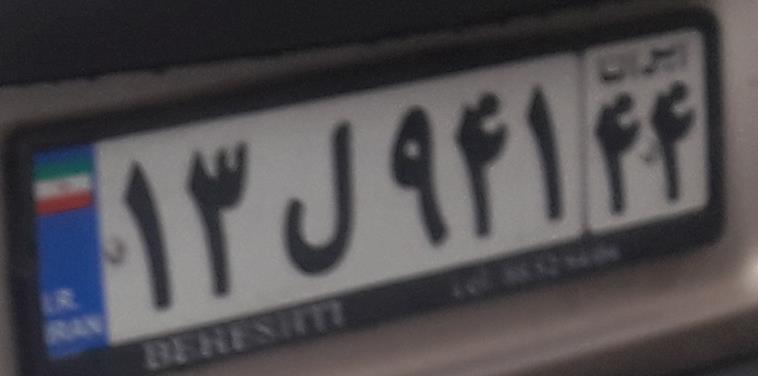
۱۳ل۹۴۱۴۴